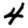
Digit: 4